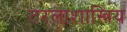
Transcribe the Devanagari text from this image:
तरलाशास्त्रिय